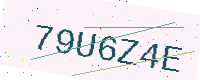
Text: 79U6Z4E